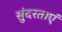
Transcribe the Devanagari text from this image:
सुंदरताएं